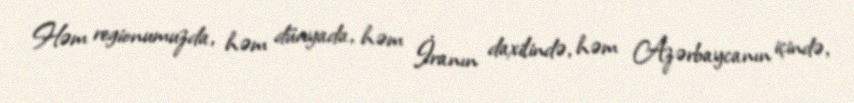
Həm regionumuzda, həm dünyada, həm İranın daxilində, həm Azərbaycanın içində,